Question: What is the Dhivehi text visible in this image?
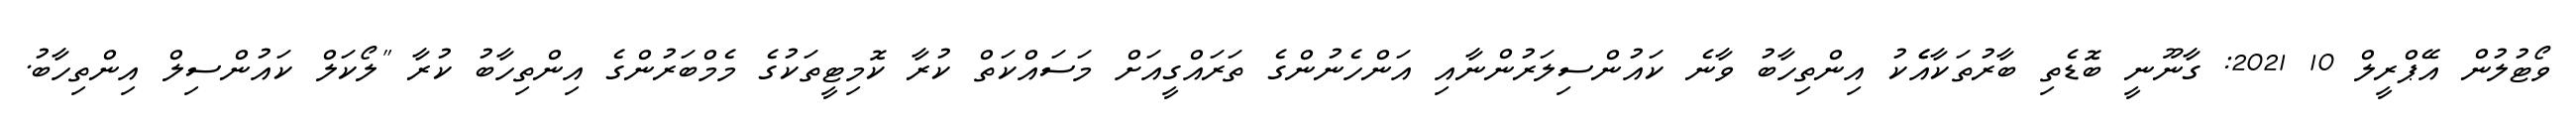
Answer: ވޯޓުލުން އޭޕްރީލް 10 2021: ގާނޫނީ ބޮޑެތި ބާރުތަކާއެެކު އިންތިހާބު ވާނެ ކައުންސިލަރުންނާއި އަންހެނުންގެ ތަރައްގީއަށް މަސައްކަތް ކުރާ ކޮމިޓީތަކުގެ މެމްބަރުންގެ އިންތިހާބު ކުރާ "ލޯކަލް ކައުންސިލް އިންތިހާބު.